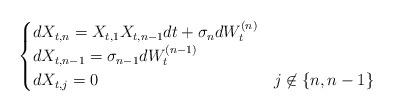
LaTeX: \begin{align*}\begin{cases}dX_{t,n} = X_{t,1}X_{t,n-1}dt + \sigma_{n}dW_t^{(n)} \\ dX_{t,n-1} = \sigma_{n-1}dW_t^{(n-1)} \\ dX_{t,j} = 0 & j \not \in \{n,n-1\}\end{cases}\end{align*}